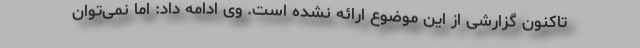
تاکنون گزارشی از این موضوع ارائه نشده است. وی ادامه داد: اما نمی‌توان